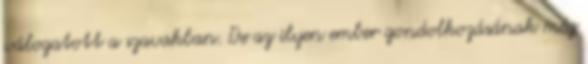
válogatott a szavakban. De az ilyen ember gondolkozásának még